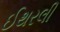
ઈથરલી